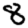
Digit: 8